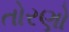
તોરણો